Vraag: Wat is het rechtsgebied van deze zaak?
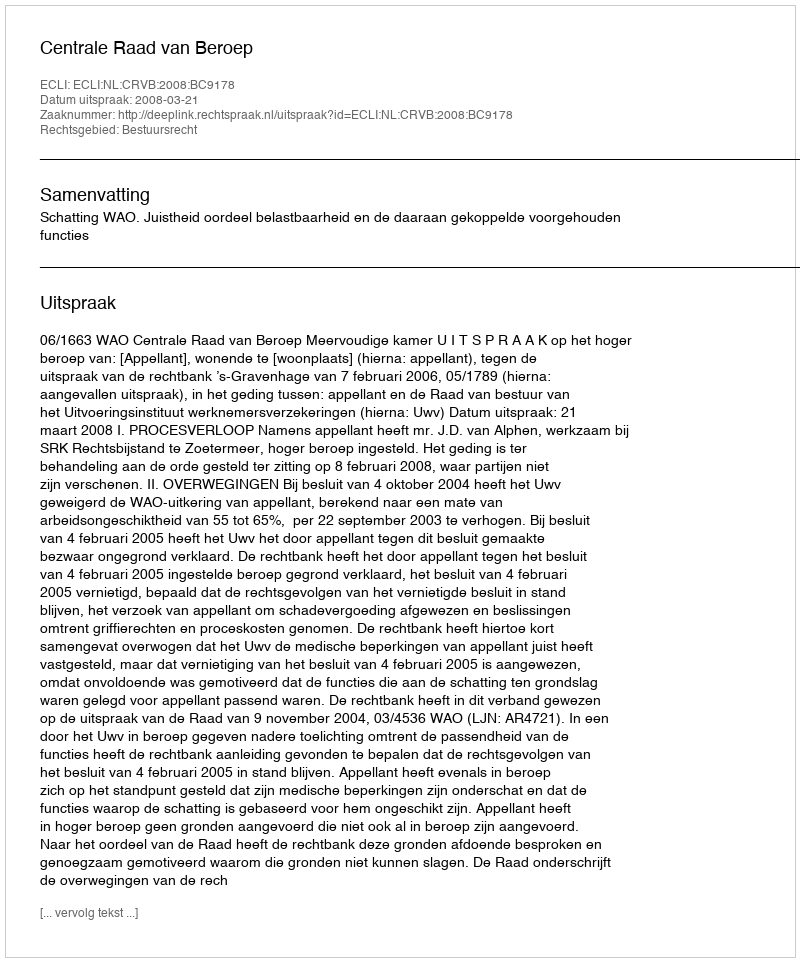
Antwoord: Bestuursrecht